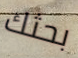
بحثك